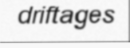
driftages